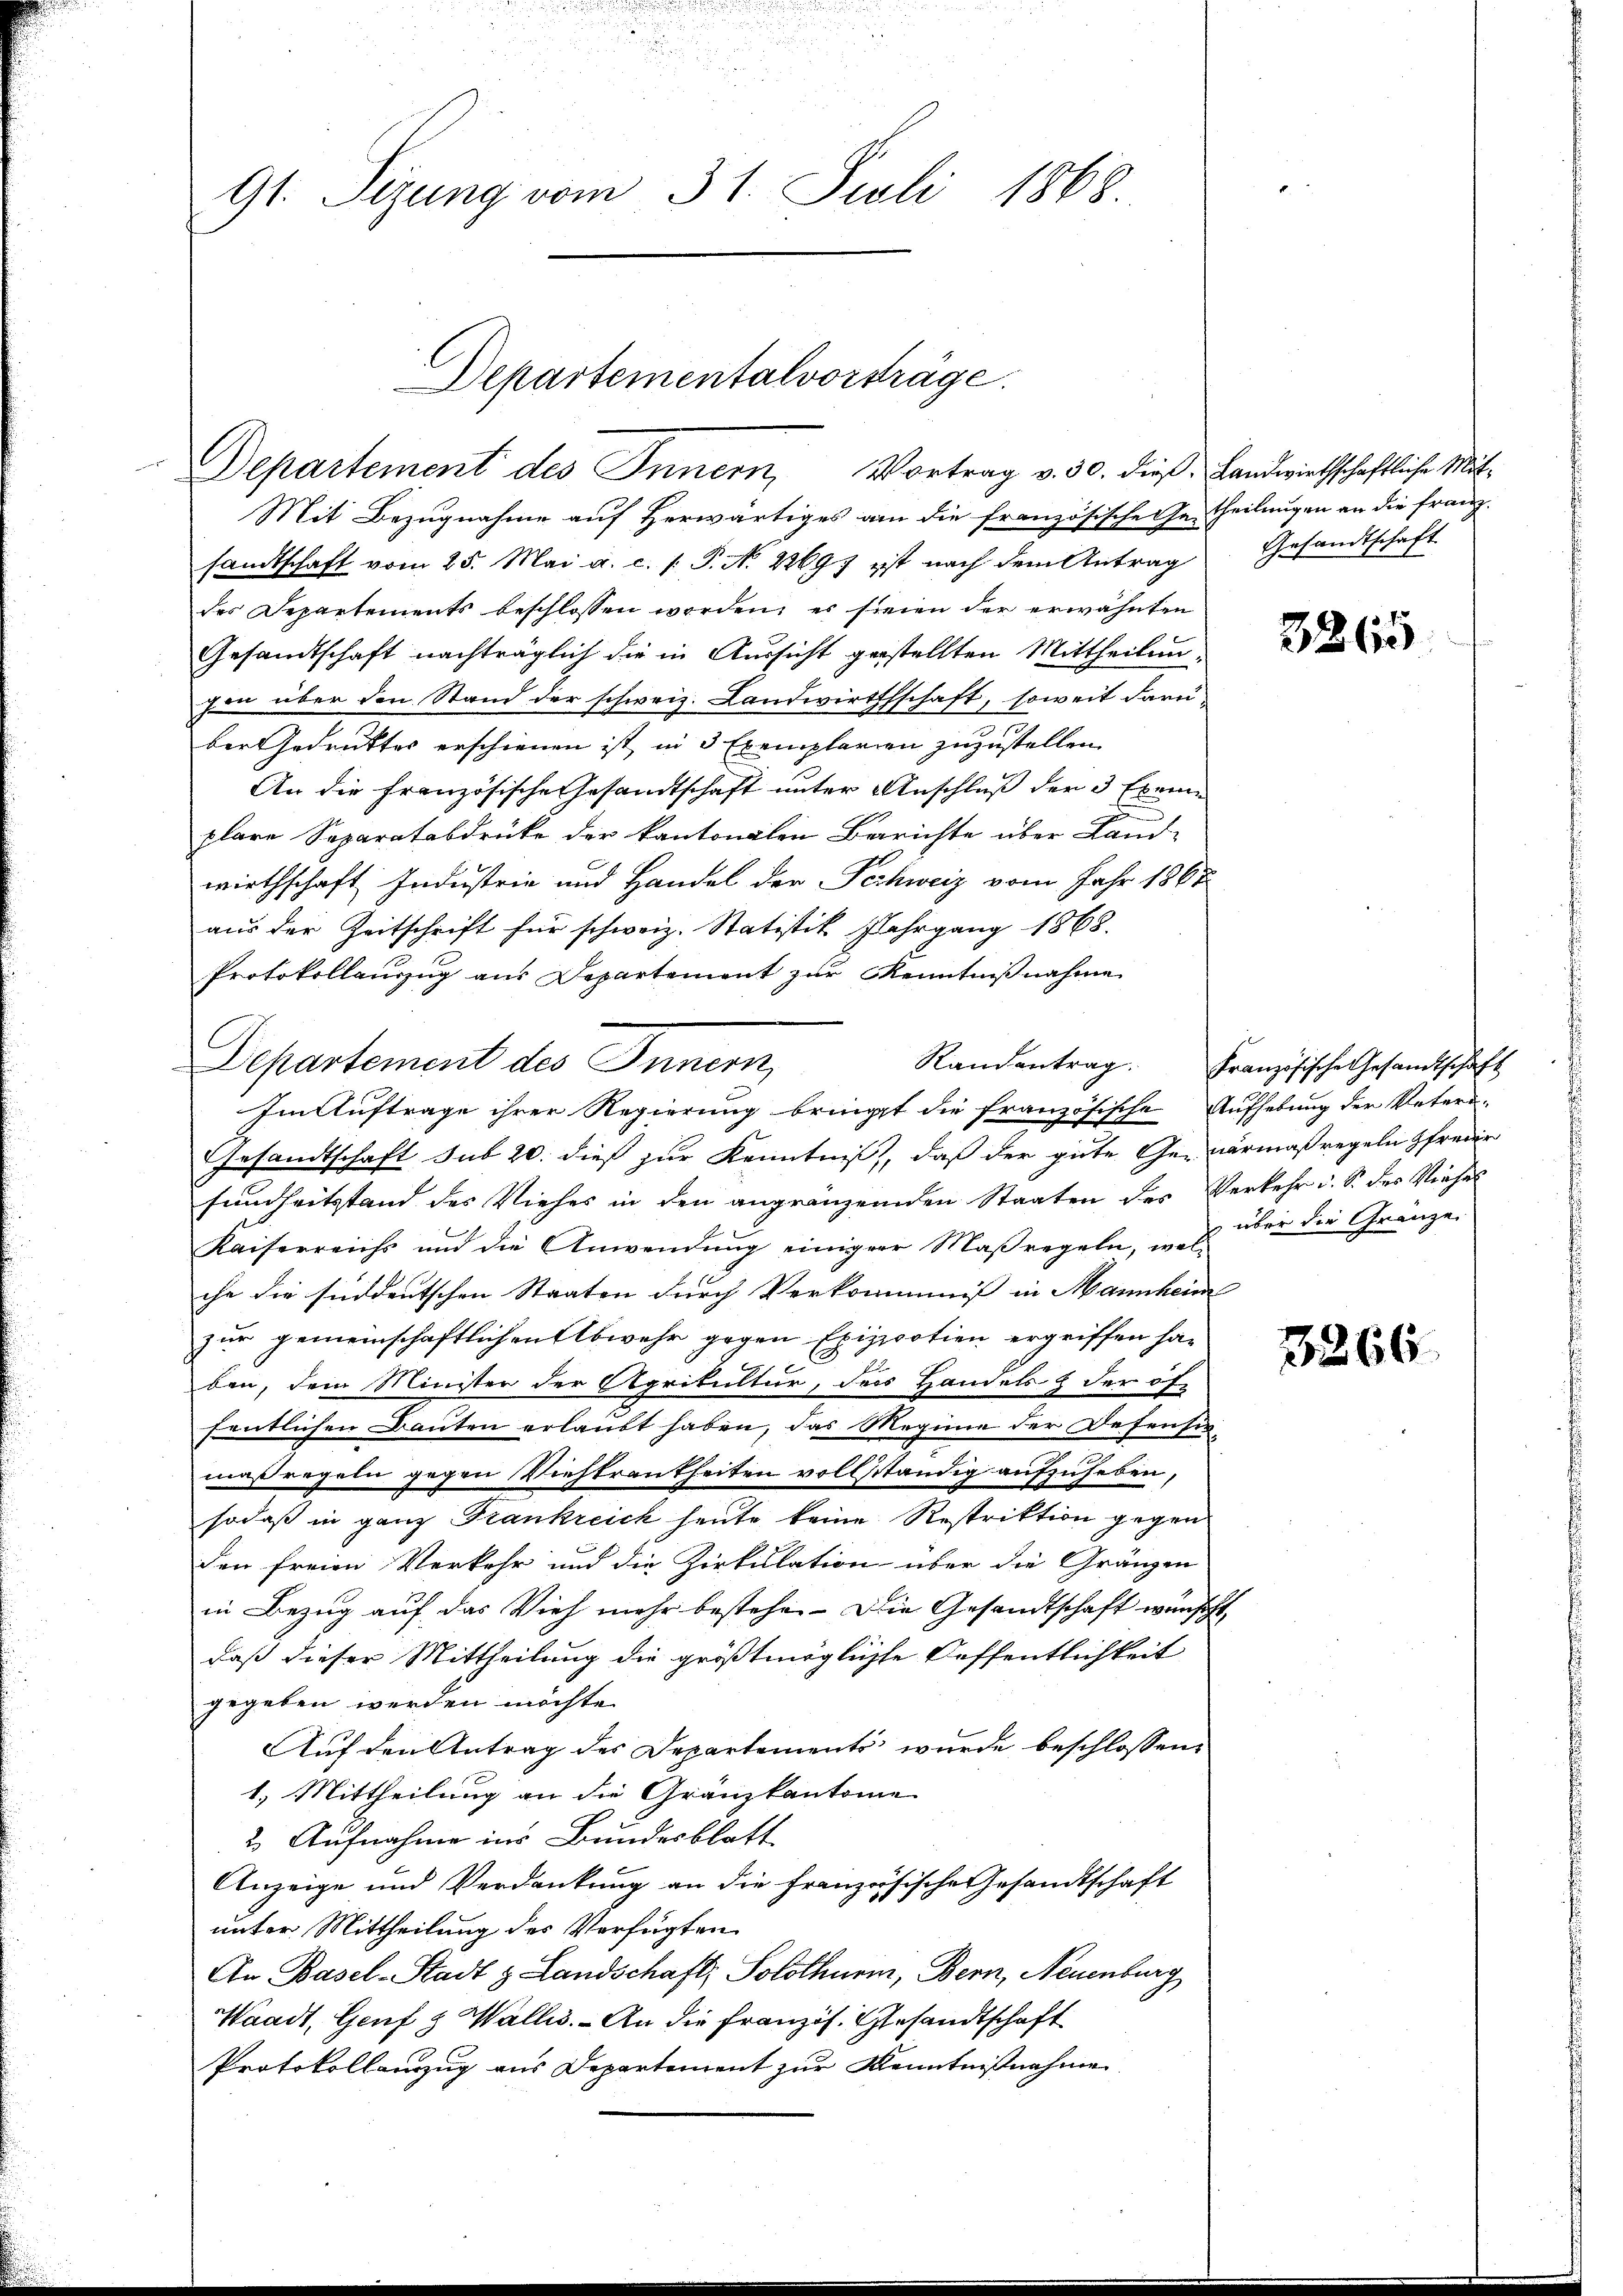
u
9t. Sizung vom 31. Juli 1868

Departementalvorträge.
Departement des Innern, Vortrag v. 30. dieß. Landwirthschaftliche Mit¬

Mit Bezugnahme auf Herwärtiges am die französische Gertheilungen an die Franzsandtschaft vom 25. Mai a. c. s. P. N. 22697 ist nach dem Antrag Gesandtschaft
des Departements beschlossen worden, es seien der erwähnten
Gesandtschaft nachträglich die in Aussicht gestellten Mittheilunzen über den Stand der schweiz. Landwirthschaft, soweit daru
bergedruktes erschienen ist in 3 Exemplarien zuzustellen
An die französische Gesandtschaft unter Anschluß der 3 Exem
plare Separatabdrüke der kantonalen Berichte über Land-
wirthschaft Industrie und Handel der Pechweiz vom Jahr 1867
aus der Zeitschrift für schweiz. Statistik Fahrgang 1868.
Protokollaŭszŭg aŭs Departement zŭr Kenntniβnahme
Im Auftrage ihrer Regierung bringt die französische Aufhebung der Vatera-
Gesandtschaft sub 20. dieß zur Kenntniß, daß der gute Ge-vermaßregeln zfreuer
sundheitsstand des Viehes in den angränzenden Staaten des Verkehr i. S. des Vieher
Kaiserreichs und die Anwendung einiger Maßregeln, wel-
che die siddeutschen Staaten durch Verkommniss in Mannheim
zur gemeinschaftlichen Abwehr gegen Epizootien ergriffen haben, dem Minister der Agrikultur, ders Handels & der of
fentlichen Bauten erlaubt haben, das Megime der Defensir-
maßregeln gegen Viehtrankheiten vollständig aufzuheben,
sodaß in ganz Frankreich heute keine Restriktion gegen
den freien Verkehr und die Zirkulation über die Gränzen
in Bezug auf das Vieh mehr bestehen. Die Gesandtschaft wünscht,
daß dieser Mittheilung die größtmögliche Oeffentlichkeit
gegeben werden möchte.
Auf den Antrag des Departements wurde beschlossen:
1.) Mittheilung an die Gränzkantonie
2. Aufnahme ins Bundesblatt
Anzeige und Verdankung an die französische Gesandtschaft
unter Mittheilung des Verfügten
An Basel-Stadt & Landschaft, Solothurm, Bern, Neuenburg
Waadt, Genf & Wallis. – An die Französ. Gesandtschaft
Protokollanzug aus Departement zur Kenntnißnahme

Departement des Innern,

3265

Randentrag. Französische Gesandtschaft
über die Gränze

3266